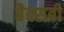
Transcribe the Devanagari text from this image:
बैक्सबी